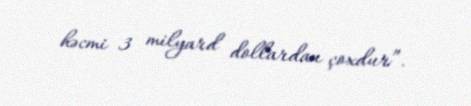
həcmi 3 milyard dollardan çoxdur”.